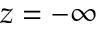
z = - \infty